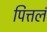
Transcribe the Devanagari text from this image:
पित्तलं